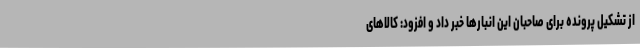
از تشکیل پرونده برای صاحبان این انبارها خبر داد و افزود: کالاهای